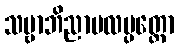
သဗ္ဗာဘိညာဗလပ္ပတ္တော